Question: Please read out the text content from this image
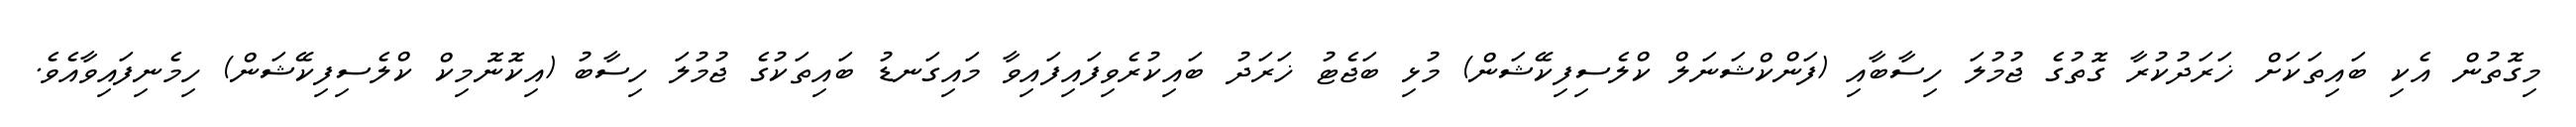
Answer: މިގޮތުން އެކި ބައިތަކަށް ޚަރަދުކުރާ ގޮތުގެ ޖުމުލަ ހިސާބާއި (ފަންކްޝަނަލް ކްލެސިފިކޭޝަން) މުޅި ބަޖެޓު ޚަރަދު ބައިކުރެވިފައިފައިވާ މައިގަނޑު ބައިތަކުގެ ޖުމުލަ ހިސާބު (އިކޮނޮމިކް ކްލެސިފިކޭޝަން) ހިމެނިފައިވާއެވެ.